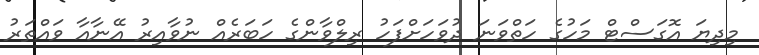
މިދިޔަ އޮގަސްޓް މަހުގެ ހަތްވަނަ ދުވަހަށްފަހު ރިލްވާންގެ ހަބަރެއް ނުވާއިރު އޭނާއާ ވައްތަރު